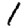
Digit: 1